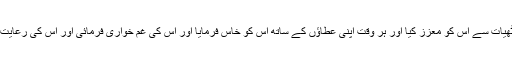
یہاں تک کہ سرکار انگریز نے اپنی خوشنودی کی چٹھیات سے اس کو معزز کیا اور ہر وقت اپنی عطاؤں کے ساتھ اس کو خاس فرمایا اور اس کی غم خواری فرمائی اور اس کی رعایت رکھی اور اس کو اپنے خیر خواہوں میں سے سمجھا۔